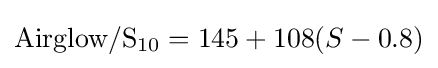
{\rm {Airglow}}/{\rm {S}}_{10}=145+108(S-0.8)